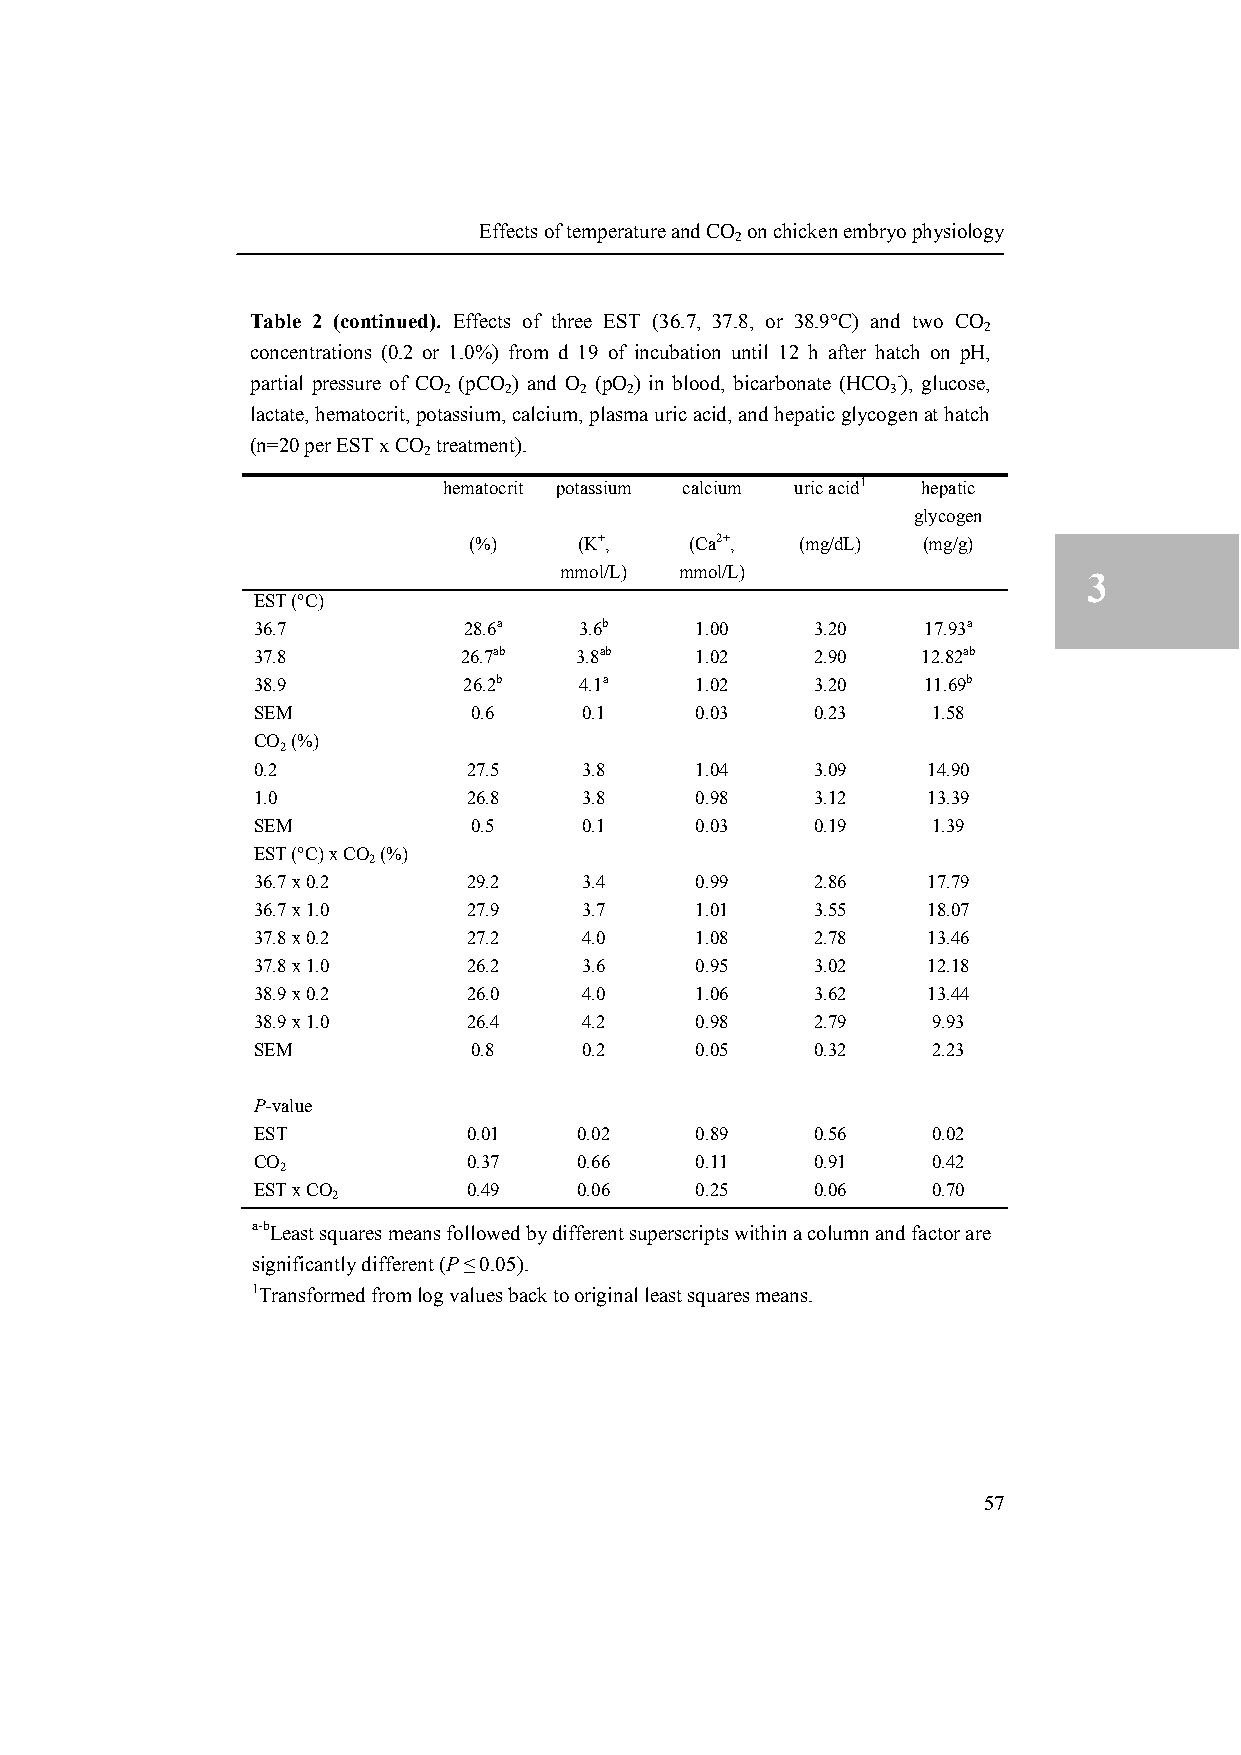
Effects of temperature and CO
 2
 on chicken embryo physiology
 Table 2 (continued). Effects of three EST (36.7, 37.8, or 38.9°C) and two CO
 2
 concentrations (0.2 or 1.0%) from d 19 of incubation until 12 h after hatch on pH,
 partial pressure of CO (pCO ) and O (pO ) in blood, bicarbonate (HCO -), glucose,
 2   2    2  2                 3
 lactate, hematocrit, potassium, calcium, plasma uric acid, and hepatic glycogen at hatch
 ( n=20 per EST x CO treatment).
 2
 hematocrit potassium calcium uric acid1 hepatic
 glycogen
 (%)    (K+,    (Ca2+, (mg/dL) (mg/g)
 mmol/L) mmol/L)
 3
 EST (°C)
 36.7          28.6a  3.6b    1.00    3.20   17.93a
 37.8         26.7ab  3.8ab   1.02    2.90   12.82ab
 38.9          26.2b  4.1a    1.02    3.20   11.69b
 SEM           0.6     0.1    0.03    0.23    1.58
 CO
 2
 (%)
 0.2           27.5    3.8    1.04    3.09   14.90
 1.0           26.8    3.8    0.98    3.12   13.39
 SEM           0.5     0.1    0.03    0.19    1.39
 EST (°C) x CO (%)
 2
 36.7 x 0.2    29.2    3.4    0.99    2.86   17.79
 36.7 x 1.0    27.9    3.7    1.01    3.55   18.07
 37.8 x 0.2    27.2    4.0    1.08    2.78   13.46
 37.8 x 1.0    26.2    3.6    0.95    3.02   12.18
 38.9 x 0.2    26.0    4.0    1.06    3.62   13.44
 38.9 x 1.0    26.4    4.2    0.98    2.79    9.93
 SEM           0.8     0.2    0.05    0.32    2.23
 P-value
 EST           0.01   0.02    0.89    0.56    0.02
 CO            0.37   0.66    0.11    0.91    0.42
 2
 EST x CO      0.49   0.06    0.25    0.06    0.70
 2
 a-bLeast squares means followed by different superscripts within a column and factor are
 significantly different (P ≤ 0.05).
 1Transformed from log values back to original least squares means.
 57